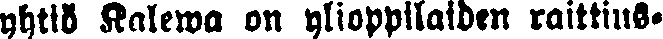
yhtiö Kalewa on ylioppilaiden raittius-